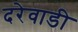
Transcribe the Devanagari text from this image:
दरेवाडी